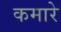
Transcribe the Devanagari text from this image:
कमारे